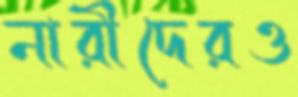
নারীদেরও